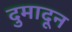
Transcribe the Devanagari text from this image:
दुमादून